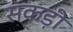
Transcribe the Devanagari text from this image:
सकड़ी